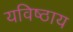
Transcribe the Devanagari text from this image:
यविष्ठाय